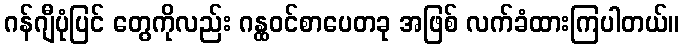
ဂန်ဂျီပုံပြင် တွေကိုလည်း ဂန္ထဝင်စာပေတခု အဖြစ် လက်ခံထားကြပါတယ်။